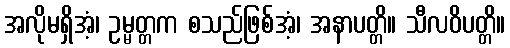
အလိုမရှိအံ့၊ ဥမ္မတ္တက စသည်ဖြစ်အံ့၊ အနာပတ္တိ။ သီလဝိပတ္တိ။